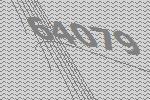
64079